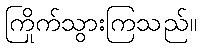
ကြိုက်သွားကြသည်။